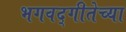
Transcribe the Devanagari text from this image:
भगवद्‌गीतेच्या